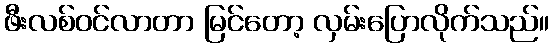
ဖီးလစ်ဝင်လာတာ မြင်တော့ လှမ်းပြောလိုက်သည်။